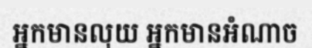
អ្នកមានលុយ អ្នកមានអំណាច